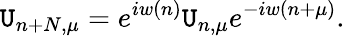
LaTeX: \mathtt{U}_{n+N,\mu}=e^{iw(n)}\mathtt{U}_{n,\mu}e^{-iw(n+\mu)}.